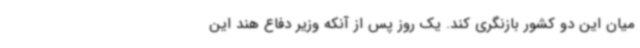
میان این دو کشور بازنگری کند. یک روز پس از آنکه وزیر دفاع هند این